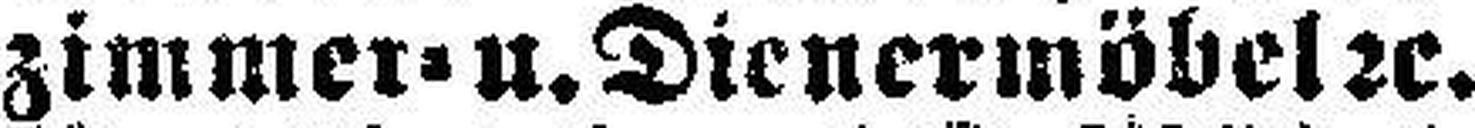
zimmer= u. Dienermöbel 2c.